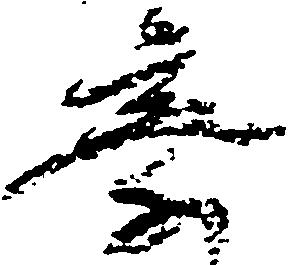
察